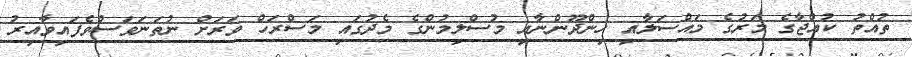
ތުއްތު ކުއްޖާގެ މަރުގެ މައްސަލާއި ހިންދޫންނާއި މުސްލިމުންގެ މެދުގައި މަސްރަހް ވަރަށް ނުތަނަވަސްވެފައިވާއިރު